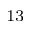
^ { 1 3 }